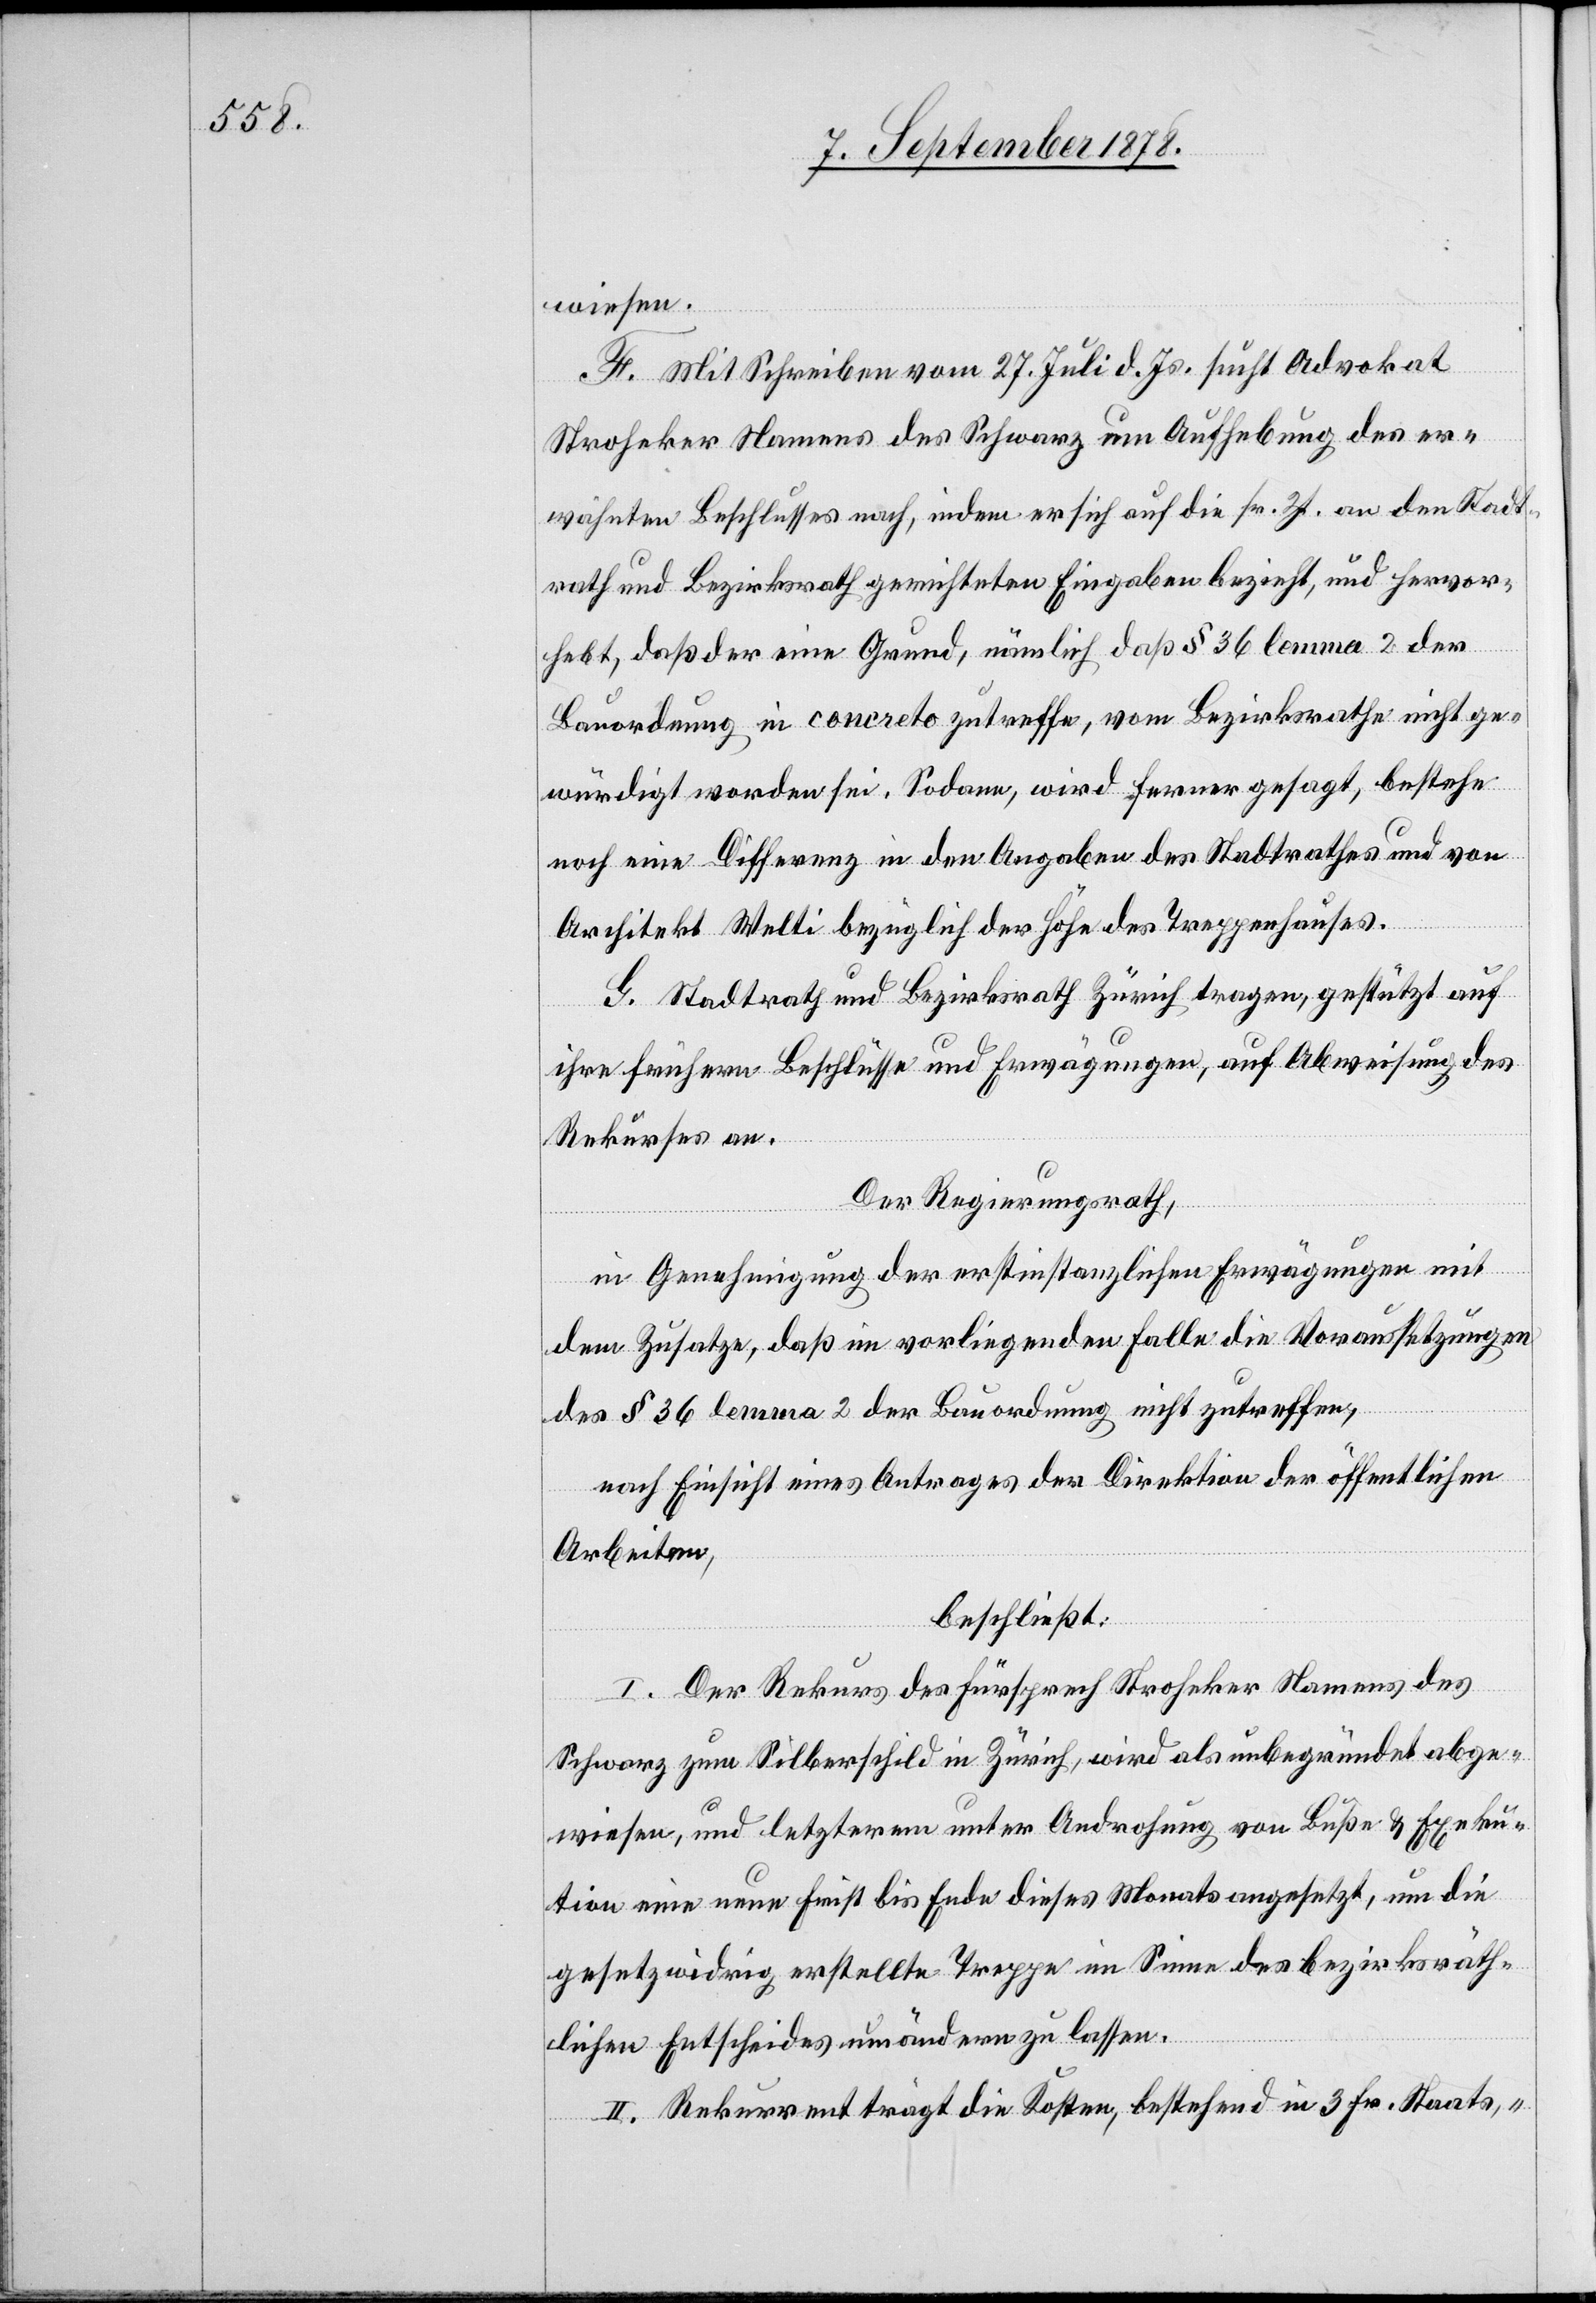
wiesen.
F. Mit Schreiben vom 27. Juli d. Js. sucht Advokat
Stroheker Namens des Schwarz um Aufhebung des er¬
wähnten Beschlusses nach, indem er sich auf die sr. Zt. an den Stadt¬
rath und Bezirksrath gerichteten Eingaben bezieht, und hervor¬
hebt, daß der eine Grund, nämlich daß § 36 lemma 2 der
Bauordnung in concreto zutreffe, vom Bezirksrath nicht ge¬
würdigt worden sei. Sodann, wird ferner gesagt, bestehe
noch eine Differenz in den Angaben des Stadtrathes und von
Architekt Welti bezüglich der Höhe des Treppenhauses.
G. Stadtrath und Bezirksrath Zürich tragen, gestützt auf
ihre frühern Beschlüsse und Erwägungen, auf Abweisung des
Rekurses an.
Der Regierungsrath,
in Genehmigung der erstinstanzlichen Erwägungen mit
dem Zusatze, daß im vorliegenden Falle die Voraussetzungen
des § 36 lemma 2 der Bauordnung nicht zutreffen,
nach Einsicht eines Antrages der Direktion der öffentlichen
Arbeiten,
beschließt:
I. Der Rekurs des Fürsprech Stroheker Namens des
Schwarz zum Silberschild in Zürich, wird als unbegründet abge¬
wiesen, und letzterem unter Androhung von Buße & Exeku¬
tion eine neue Frist bis Ende dieses Monats angesetzt, um die
gesetzwidrig erstellte Treppe im Sinne des bezirksräth¬
lichen Entscheides umändern zu lassen.
II. Rekurrent trägt die Kosten, bestehend in 3 Fr. Staats-,